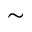
\sim